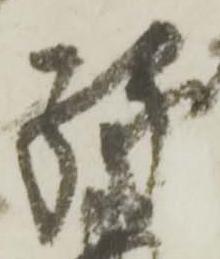
縁